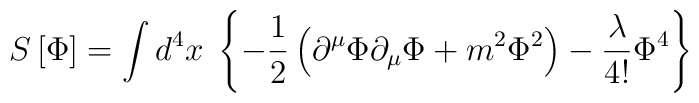
S\left[ \Phi \right] =\int d^4x\;\left\{ - \frac{1}{2}  \left(\partial ^\mu \Phi \partial _\mu \Phi +m^2\Phi ^2\right) -\frac \lambda {4!} \Phi ^4\right\}